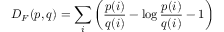
D _ { F } ( p , q ) = \sum _ { i } \left( { \frac { p ( i ) } { q ( i ) } } - \log { \frac { p ( i ) } { q ( i ) } } - 1 \right)